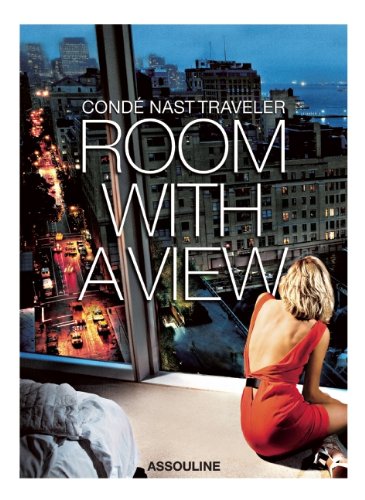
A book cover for Conde Nast Traveler's Room with a View; Arts & Photography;